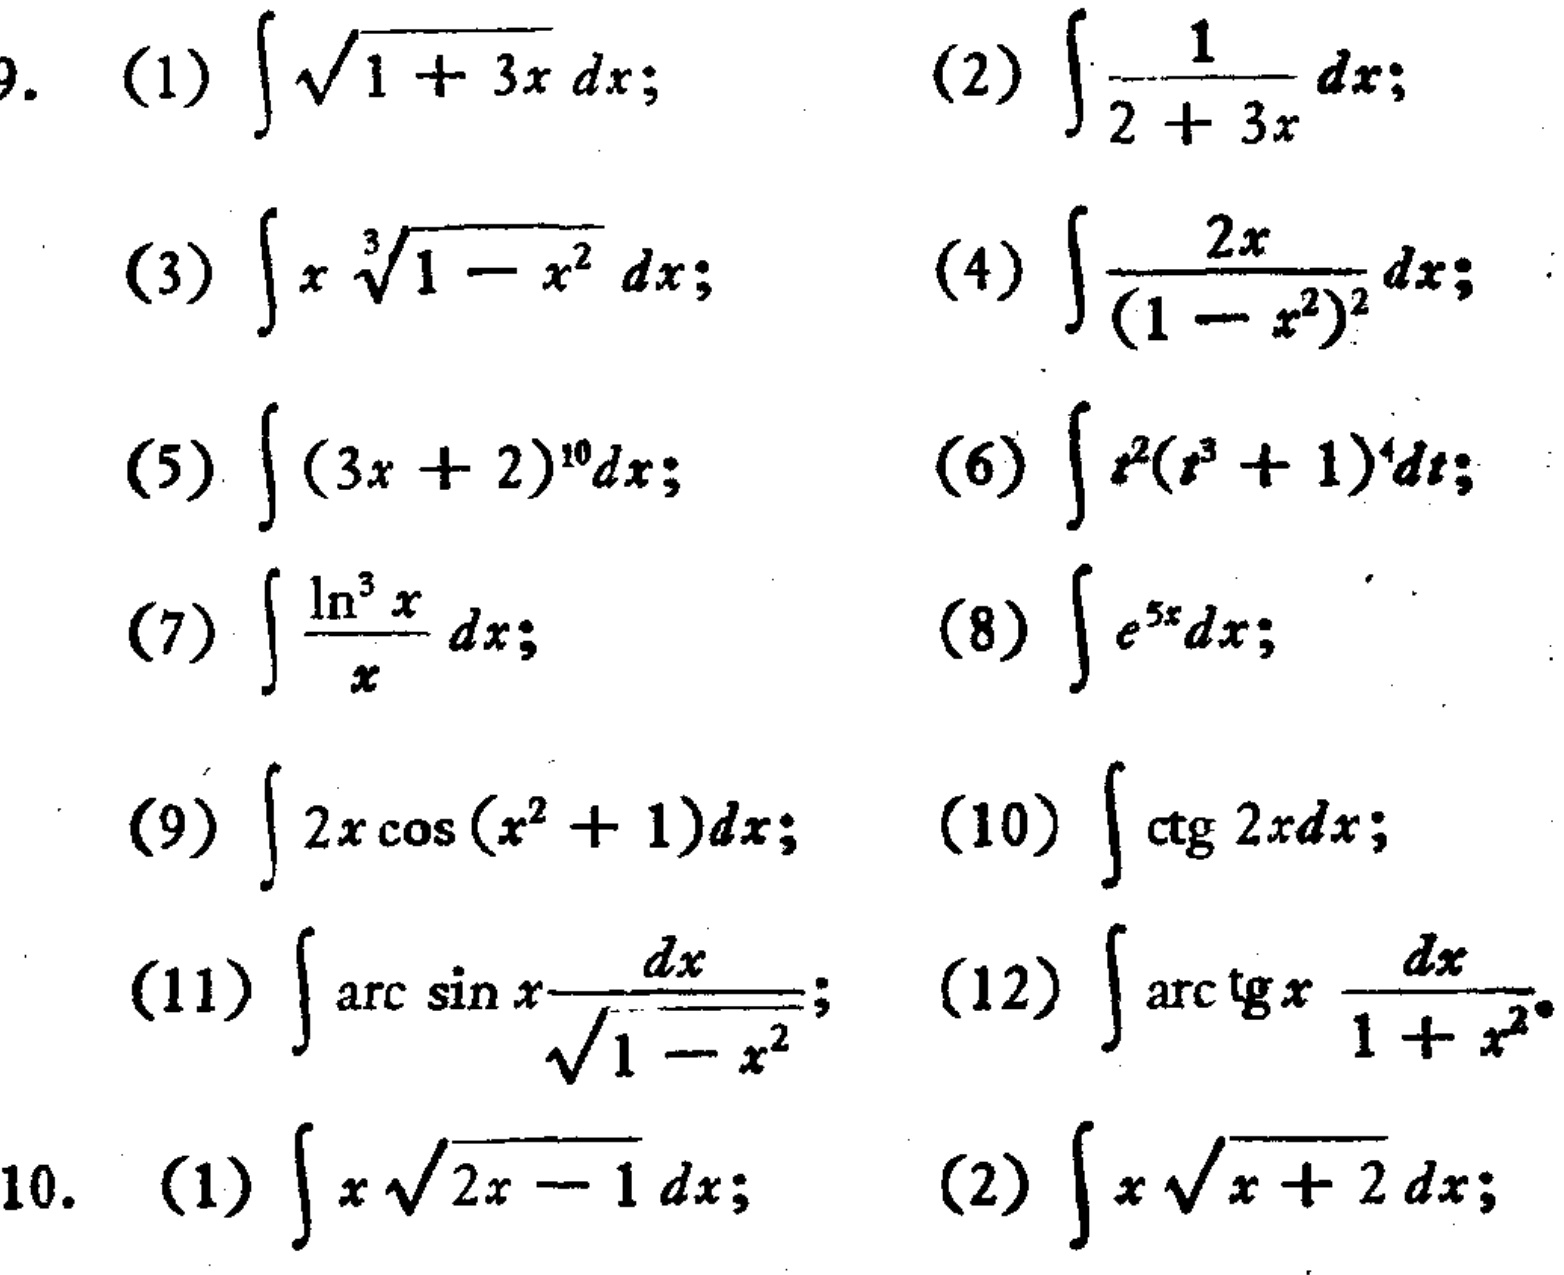
9.
(1) \(\int\sqrt{1 + 3x}dx\);
(2) \(\int\frac{1}{2 + 3x}dx\);
(3) \(\int x\sqrt[3]{1 - x^{2}}dx\);
(4) \(\int\frac{2x}{(1 - x^{2})^{2}}dx\);
(5) \(\int(3x + 2)^{10}dx\);
(6) \(\int t^{2}(t^{3}+1)^{4}dt\);
(7) \(\int\frac{\ln^{3}x}{x}dx\);
(8) \(\int e^{5x}dx\);
(9) \(\int 2x\cos(x^{2}+1)dx\);
(10) \(\int\cot 2xdx\);
(11) \(\int\arcsin x\frac{dx}{\sqrt{1 - x^{2}}}\);
(12) \(\int\arctan x\frac{dx}{1 + x^{2}}\).
10.
(1) \(\int x\sqrt{2x - 1}dx\);
(2) \(\int x\sqrt{x + 2}dx\).